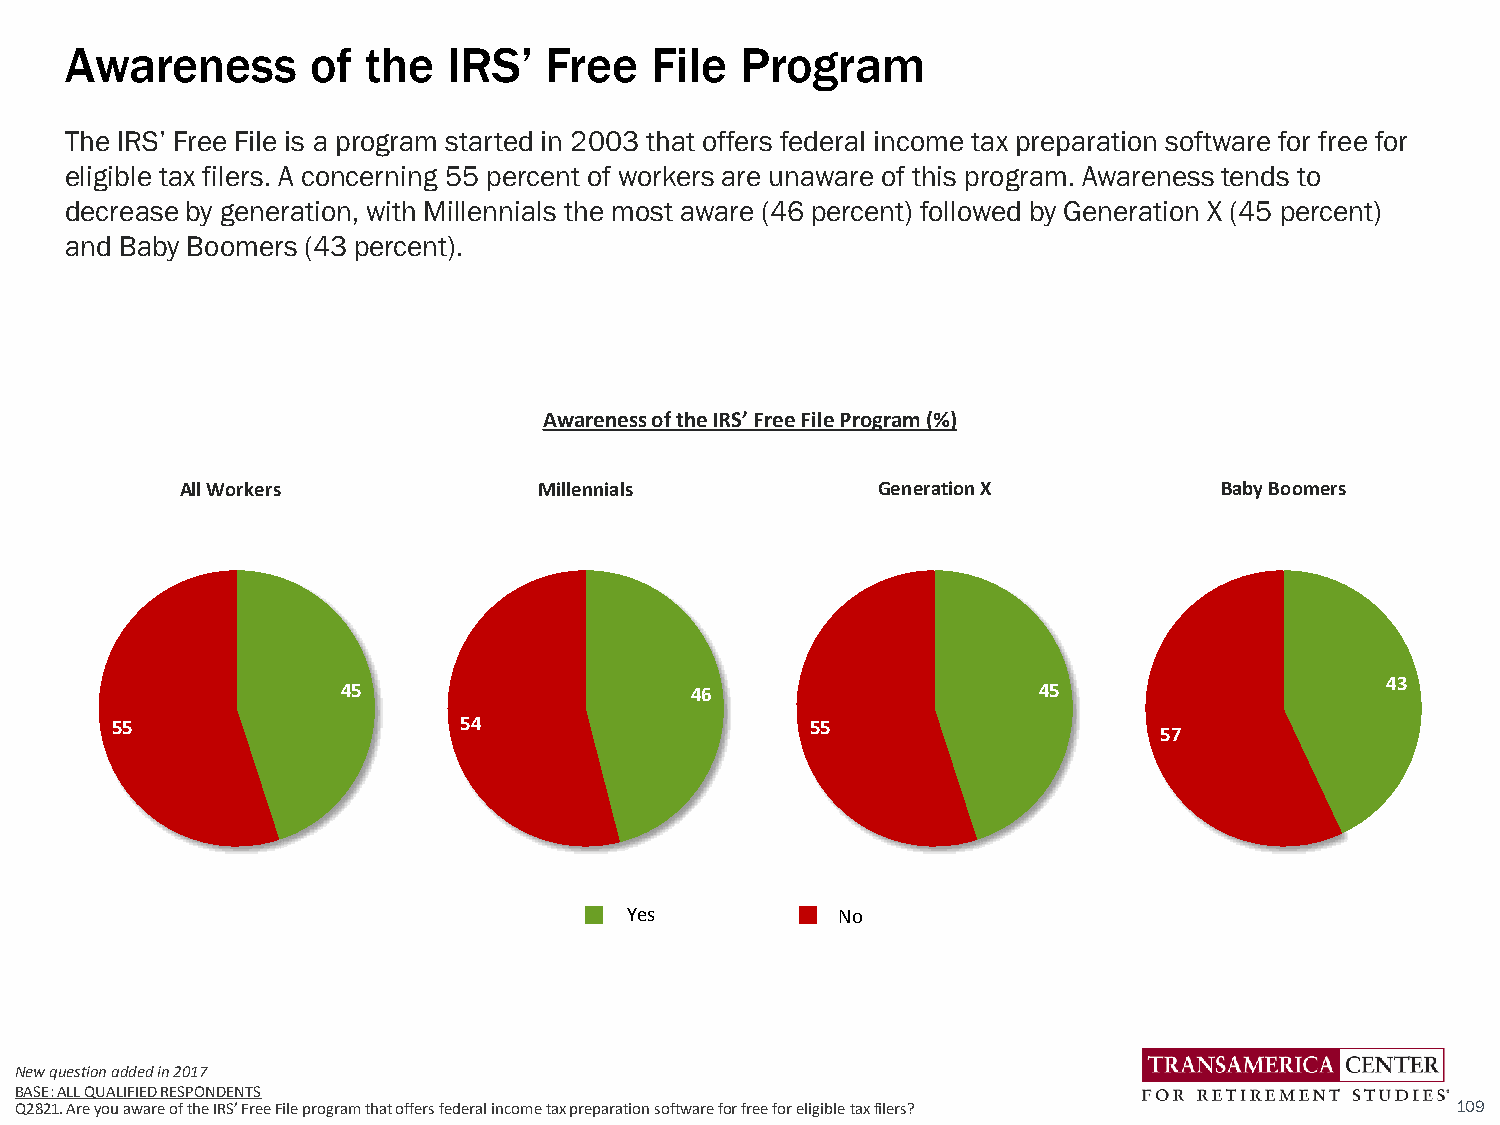
Awareness        of the   IRS’  Free   File  Program
 The IRS’ Free File is a program started in 2003 that offers federal income tax preparation software for free for
 eligible tax filers. A concerning 55 percent of workers are unaware of this program. Awareness tends to
 decrease by generation, with Millennials the most aware (46 percent) followed by Generation X (45 percent)
 and Baby Boomers (43 percent).
 Awareness of the IRS’ Free File Program (%)
 All Workers             Millennials           Generation X           Baby Boomers
 43
 45                     46                     45
 55                     54                      55
 57
 Yes            No
 New question added in 2017
 BASE: ALL QUALIFIED RESPONDENTS
 Q2821. Are you aware of the IRS’ Free File program that offers federal income tax preparation software for free for eligible taxfilers? 109